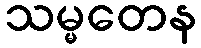
သမ္မတေန